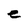
Character: e